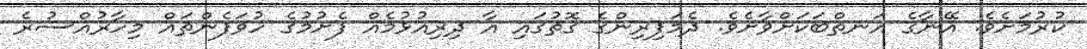
ކުރުމަށެވެ. އޭނާގެ އަނތްބަކަށްވާށެވެ. ދެމަފިރިންގެ ގޮތުގައި އާ ދިރިއުޅުމެއް ފެށުމުގެ ހުވަފެންތައް މިހާރުއްސުރެ